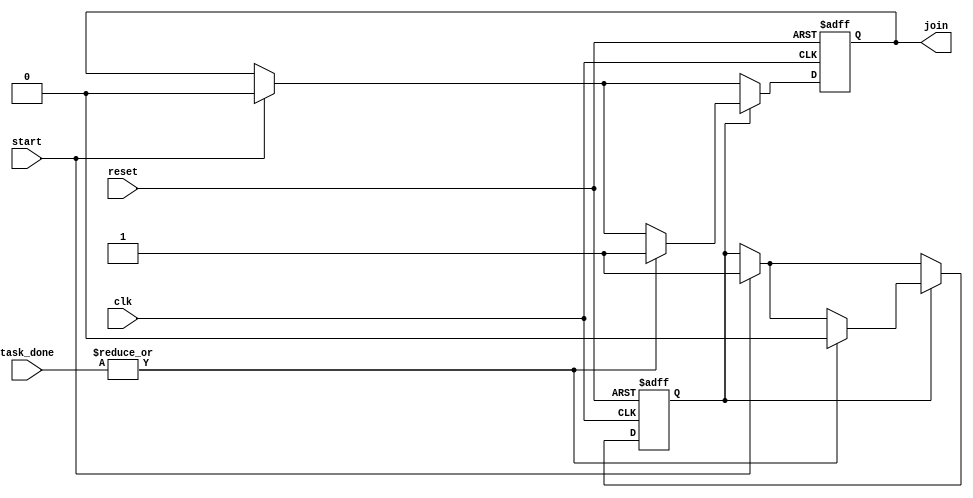
module ForkJoinAny (
    input wire clk,                // Clock signal
    input wire reset,              // Reset signal
    input wire start,              // Start signal to initiate tasks
    input wire [N-1:0] task_done,  // Task completion signals (N tasks)
    output reg join                // Join signal indicating at least one task is complete
);
    parameter N = 4;               // Number of concurrent tasks

    // State management
    reg tasks_active;              // Indicates if tasks are currently active

    always @(posedge clk or posedge reset) begin
        if (reset) begin
            join <= 0;             // Clear join signal on reset
            tasks_active <= 0;     // Clear active tasks
        end else begin
            if (start) begin
                join <= 0;         // Reset join signal on start
                tasks_active <= 1; // Set tasks as active
            end
            
            // Monitor task completion signals
            if (tasks_active) begin
                if (|task_done) begin // Check if any task is done
                    join <= 1;       // Assert join signal
                    tasks_active <= 0; // Clear active tasks
                end
            end
        end
    end
endmodule